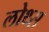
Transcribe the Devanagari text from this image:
लोथ्स